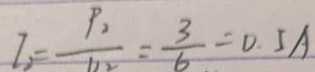
I _ { 2 } = \frac { P _ { 2 } } { v _ { 2 } } = \frac { 3 } { 6 } = 0 . 5 A